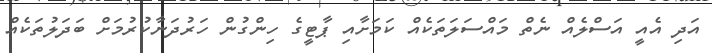
އަދި އެއީ އަސްލެއް ނެތް މައްސަލަތަކެއް ކަމަށާއި ޕާޓީގެ ހިންގުން ހަރުދަނާކުރުމަށް ބަދަލުތަކެއް